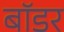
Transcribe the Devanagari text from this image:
बाॅडर